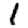
Digit: 1